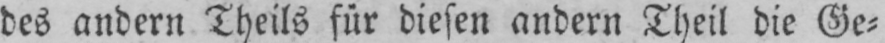
des andern Theils für diesen andern Theil die Ge⸗